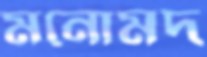
মনোমদ